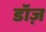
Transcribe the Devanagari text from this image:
डॉज़